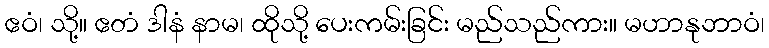
ဧဝံ၊ သို့။ ဧတံ ဒါနံ နာမ၊ ထိုသို့ ပေးကမ်းခြင်း မည်သည်ကား။ မဟာနုဘာဝံ၊